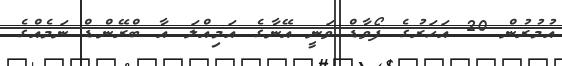
އުމުރުން 20 އަހަރުގެ ފޯވާޑް ވަނީ އޭނާގެ އަމިއްލަ އާ ބްރޭންޑް ނަމެއްގެ